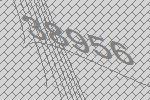
38956